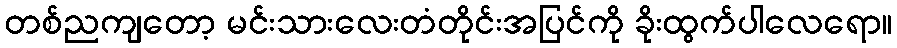
တစ်ညကျတော့ မင်းသားလေးတံတိုင်းအပြင်ကို ခိုးထွက်ပါလေရော။